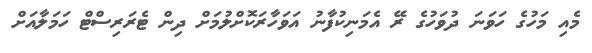
މެއި މަހުގެ ހަވަނަ ދުވަހުގެ ރޭ އެމަނިކުފާނު އަވަހާރަކޮށްލުމަށް ދިން ޓެރަރިސްޓް ހަމަލާއަށް